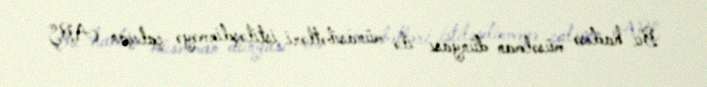
Bu hadisə müsəlman dünyası ilə münasibətləri istiləşdirməyə çalışan ABŞ